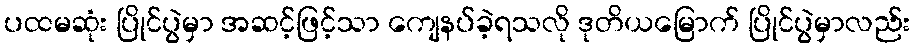
ပထမဆုံး ပြိုင်ပွဲမှာ အဆင့်ဖြင့်သာ ကျေနပ်ခဲ့ရသလို ဒုတိယမြောက် ပြိုင်ပွဲမှာလည်း